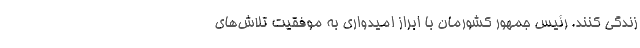
زندگی کنند. رئیس جمهور کشورمان با ابراز امیدواری به موفقیت تلاش‌های